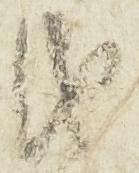
由